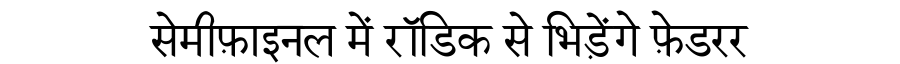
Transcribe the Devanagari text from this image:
सेमीफ़ाइनल में रॉडिक से भिड़ेंगे फ़ेडरर